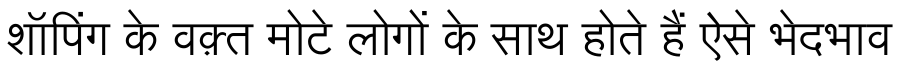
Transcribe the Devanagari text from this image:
शॉपिंग के वक़्त मोटे लोगों के साथ होते हैं ऐसे भेदभाव